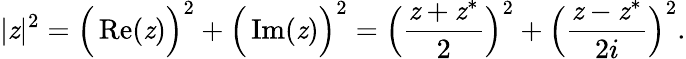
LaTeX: |\mathit{z}|^{2}={\Big(}\operatorname{Re}(\mathit{z}){\Big)}^{2}+{\Big(}\operatorname{Im}(\mathit{z}){\Big)}^{2}={\Big(}{\frac{{\mathit{z}+\mathit{z}^{\ast}}}{{2}}}{\Big)}^{2}+{\Big(}{\frac{{\mathit{z}-\mathit{z}^{\ast}}}{{2i}}}{\Big)}^{2}.